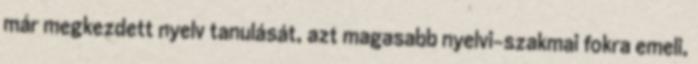
már megkezdett nyelv tanulását, azt magasabb nyelvi-szakmai fokra emeli,